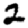
Digit: 2